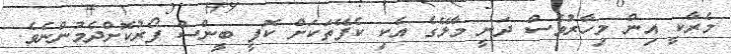
މެރާކީ އިން މިހާރުވެސް ދަނީ މާލޭގެ އެކި ކެފޭތަކަށް ކޮފީ ބީންސް ފޯރުކޮށްދެމުންނެވެ.